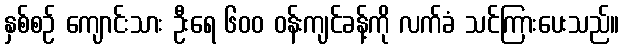
နှစ်စဉ် ကျောင်းသား ဦးရေ ၆၀၀ ဝန်းကျင်ခန့်ကို လက်ခံ သင်ကြားပေးသည်။